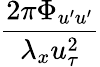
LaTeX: \frac{2\pi\Phi_{u^{\prime}u^{\prime}}}{\lambda_{x}u_{\tau}^{2}}